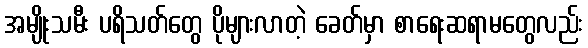
အမျိုးသမီး ပရိသတ်တွေ ပိုများလာတဲ့ ခေတ်မှာ စာရေးဆရာမတွေလည်း